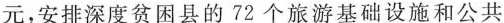
元，安排深度贫困县的72个旅游基础设施和公共